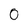
Character: 0